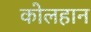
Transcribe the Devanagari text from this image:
कोलहान